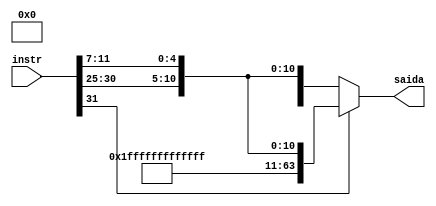
module ImediatoS #(parameter BITSENTRADA = 32, BITSIMM = 12, BITSSAIDA = 64)
(instr, saida);

input [BITSENTRADA-1:0] instr;
wire [BITSIMM-1:0] imm;
output [BITSSAIDA-1:0] saida;

assign imm = {instr[31:25], instr[11:7]};
assign saida = imm[BITSIMM - 1] ? {~(52'b0), imm} :
                                        {52'b0, imm};


endmodule